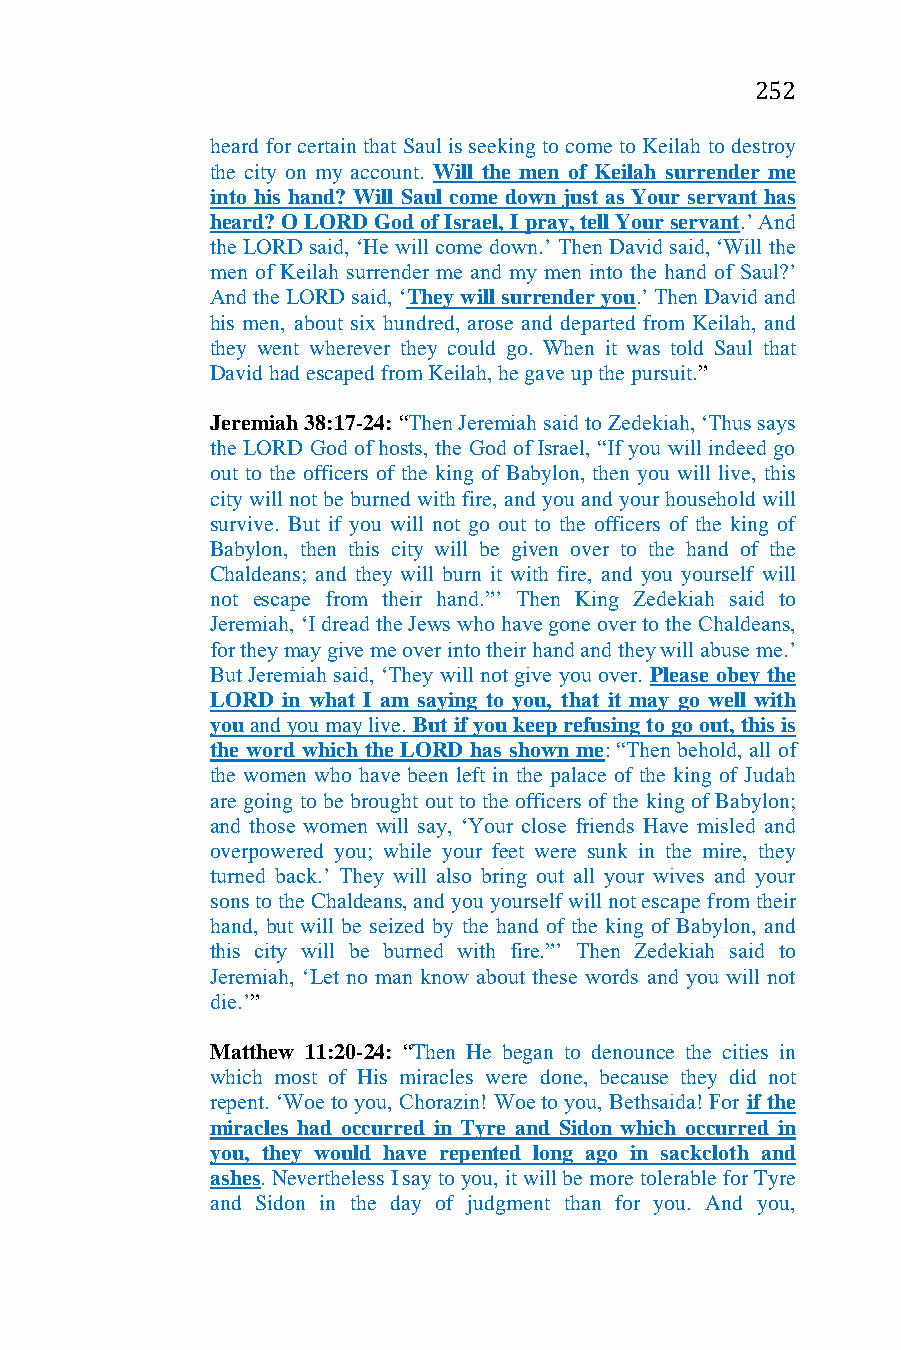
252
 heard for certain that Saul is seeking to come to Keilah to destroy
 the city on my account. Will the men of Keilah surrender me
 into his hand? Will Saul come down just as Your servant has
 heard? O LORD God of Israel, I pray, tell Your servant.’ And
 the LORD said, ‘He will come down.’ Then David said, ‘Will the
 men of Keilah surrender me and my men into the hand of Saul?’
 And the LORD said, ‘They will surrender you.’ Then David and
 his men, about six hundred, arose and departed from Keilah, and
 they went wherever they could go. When it was told Saul that
 David had escaped from Keilah, he gave up the pursuit.”
 Jeremiah 38:17-24: “Then Jeremiah said to Zedekiah, ‘Thus says
 the LORD God of hosts, the God of Israel, “If you will indeed go
 out to the officers of the king of Babylon, then you will live, this
 city will not be burned with fire, and you and your household will
 survive. But if you will not go out to the officers of the king of
 Babylon, then this city will be given over to the hand of the
 Chaldeans; and they will burn it with fire, and you yourself will
 not escape from their hand.”’ Then King Zedekiah said to
 Jeremiah, ‘I dread the Jews who have gone over to the Chaldeans,
 for they may give me over into their hand and they will abuse me.’
 But Jeremiah said, ‘They will not give you over. Please obey the
 LORD in what I am saying to you, that it may go well with
 you and you may live. But if you keep refusing to go out, this is
 the word which the LORD has shown me: “Then behold, all of
 the women who have been left in the palace of the king of Judah
 are going to be brought out to the officers of the king of Babylon;
 and those women will say, ‘Your close friends Have misled and
 overpowered you; while your feet were sunk in the mire, they
 turned back.’ They will also bring out all your wives and your
 sons to the Chaldeans, and you yourself will not escape from their
 hand, but will be seized by the hand of the king of Babylon, and
 this city will be burned with fire.”’ Then Zedekiah said to
 Jeremiah, ‘Let no man know about these words and you will not
 die.’”
 Matthew 11:20-24: “Then He began to denounce the cities in
 which most of His miracles were done, because they did not
 repent. ‘Woe to you, Chorazin! Woe to you, Bethsaida! For if the
 miracles had occurred in Tyre and Sidon which occurred in
 you, they would have repented long ago in sackcloth and
 ashes. Nevertheless I say to you, it will be more tolerable for Tyre
 and Sidon in the day of judgment than for you. And you,